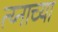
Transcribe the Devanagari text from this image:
त्य्नाच्या